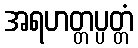
အရဟတ္တပ္ပတ္တံ